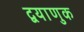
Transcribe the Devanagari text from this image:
द्वयाणुक